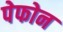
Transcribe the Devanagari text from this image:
पेफोन